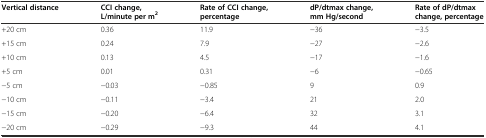
<table><thead><tr><td><b>Vertical distance</b></td><td><b>CCI change, L/minute per m<sup>2</sup></b></td><td><b>Rate of CCI change, percentage</b></td><td><b>dP/dtmax change, mm Hg/second</b></td><td><b>Rate of dP/dtmax change, percentage</b></td></tr></thead><tbody><tr><td>+20 cm</td><td>0.36</td><td>11.9</td><td>−36</td><td>−3.5</td></tr><tr><td>+15 cm</td><td>0.24</td><td>7.9</td><td>−27</td><td>−2.6</td></tr><tr><td>+10 cm</td><td>0.13</td><td>4.5</td><td>−17</td><td>−1.6</td></tr><tr><td>+5 cm</td><td>0.01</td><td>0.31</td><td>−6</td><td>−0.65</td></tr><tr><td>−5 cm</td><td>−0.03</td><td>−0.85</td><td>9</td><td>0.9</td></tr><tr><td>−10 cm</td><td>−0.11</td><td>−3.4</td><td>21</td><td>2.0</td></tr><tr><td>−15 cm</td><td>−0.20</td><td>−6.4</td><td>32</td><td>3.1</td></tr><tr><td>−20 cm</td><td>−0.29</td><td>−9.3</td><td>44</td><td>4.1</td></tr></tbody></table>